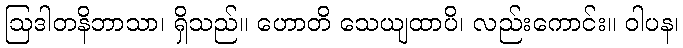
ဩဒါတနိဘာသာ၊ ရှိသည်။ ဟောတိ သေယျထာပိ၊ လည်းကောင်း။ ဝါပန၊